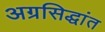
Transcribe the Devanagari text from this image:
अग्रसिद्धांत